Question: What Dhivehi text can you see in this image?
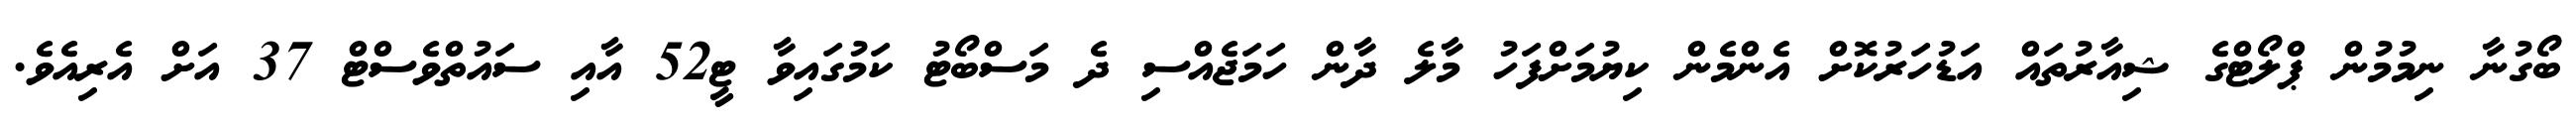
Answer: ބޯގުނާ ނިމުމުން ޕްލޯޓްގެ ޝިއާރުތައް އަޑުހަރުކޮށް އެންމެން ކިޔުމަށްފަހު މާލެ ދާން ހަމަޖެއްސި ދެ މަސްބޯޓު ކަމުގައިވާ ޓީ52 އާއި ސައުތްވެސްޓް 37 އަށް އެރިއެވެ.